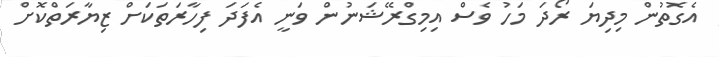
އެގޮތުން މިދިޔަ ރޯދަ މަހު ވެސް އިމިގްރޭޝަނުން ވަނީ އެފަދަ ފިހާރަތަކަށް ޒިޔާރަތްކޮށް